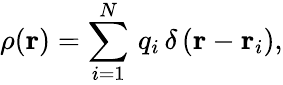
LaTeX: \rho(\mathbf{r})=\sum_{i=1}^{N}\, q_{i}\, \delta\left(\mathbf{r}-\mathbf{r}_{i}\right),